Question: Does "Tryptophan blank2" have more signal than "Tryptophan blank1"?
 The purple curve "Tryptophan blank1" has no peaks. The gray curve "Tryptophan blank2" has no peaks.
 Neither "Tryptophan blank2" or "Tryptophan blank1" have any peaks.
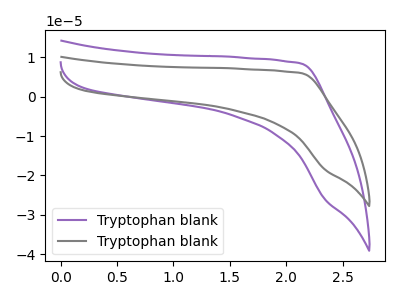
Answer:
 <answer>I cant tell if "Tryptophan blank2" or "Tryptophan blank1" has more signal.</answer>
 <eval>mixed_signal</eval>